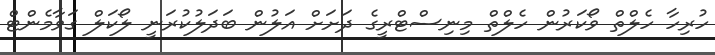
ހުރިހާ ހެލްތް ވޯކަރުން ހެލްތް މިނިސްޓްރީގެ ދަށަށް އަލުން ބަދަލުކުރަނީ ލޯކަލް ގަވާމެންޓް